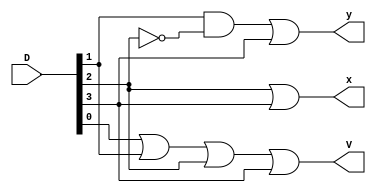
`timescale 1ns / 1ps
//////////////////////////////////////////////////////////////////////////////////
// Company: 
// Engineer: 
// 
// Design Name: 
// Module Name: priority_encoder_4to3
// Project Name: 
// Target Devices: 
// Tool Versions: 
// Description: 
// 
// Dependencies: 
// 
// Revision:
// Revision 0.01 - File Created
// Additional Comments:
// 
//////////////////////////////////////////////////////////////////////////////////


module priority_encoder_4to3(D, x, y, V);

input [3:0] D;

output x, y, V;

wire x, y, V;

assign x = D[2]|D[3];
assign y = D[1]&(~D[2])|D[3];
assign V = D[0]|D[1]|D[2]|D[3];

endmodule